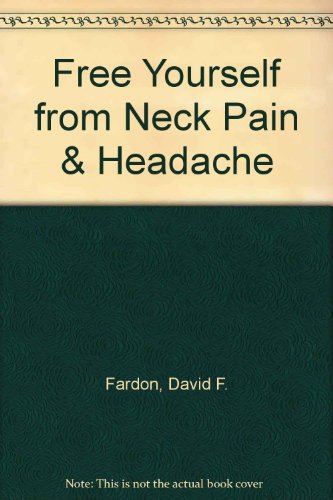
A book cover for Free Yourself from Neck Pain & Headache; David F. Fardon; Health, Fitness & Dieting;